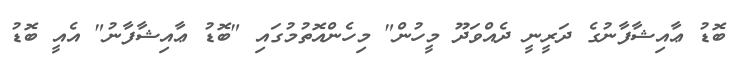
ބޮޑު ޢާއިޝާފާނުގެ ދަރީނީ ދެއްވަދޫ މީހުން" މިހެންއޮތުމުގައި "ބޮޑު ޢާއިޝާފާނު" އެއީ ބޮޑު